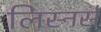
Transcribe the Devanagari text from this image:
लिस्नर्स